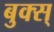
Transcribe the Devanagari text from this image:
बुक्स्